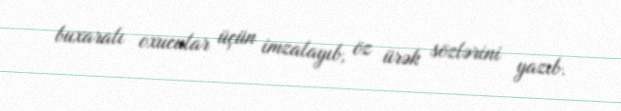
buxaralı oxucular üçün imzalayıb, öz ürək sözlərini yazıb.